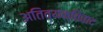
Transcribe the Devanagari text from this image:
अतिव्यक्तिवाद